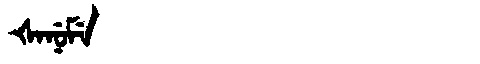
Manchu: ᡧᠠᠨᡠᠮᡝ
Romanization: ŠANUME